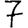
Digit: 7